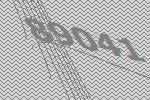
89041